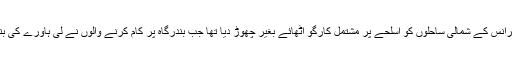
دو ہفتے قبل ایک سعودی بحری جہاز نے فرانس کے شمالی ساحلوں کو اسلحے پر مشتمل کارگو اٹھائے بغیر چھوڑ دیا تھا جب بندرگاہ پر کام کرنے والوں نے لی ہاورے کی بندرگاہ پر اس کی آمد کا راستہ روک دیا تھا۔